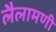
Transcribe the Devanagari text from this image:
लैलामणी